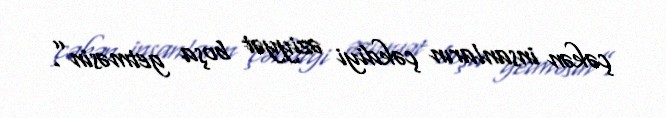
çəkən insanların çəkdiyi əziyyət boşa getməsin”.